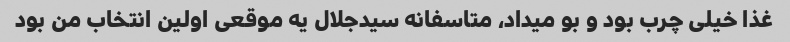
غذا خیلی چرب بود و بو میداد، متاسفانه سیدجلال یه موقعی اولین انتخاب من بود